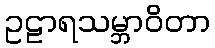
ဥဠာရသမ္ဘာဝိတာ